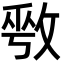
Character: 𫾾